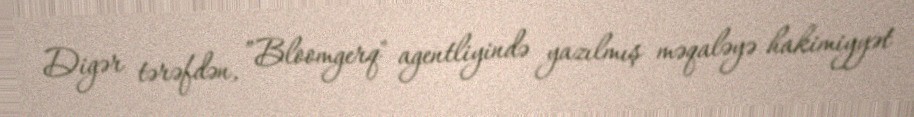
Digər tərəfdən, ”Bloomgerq" agentliyində yazılmış məqaləyə hakimiyyət